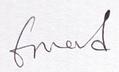
Signature authenticity: genuine